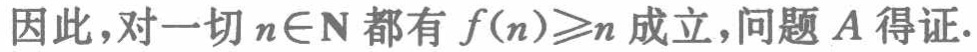
因此，对一切 \(n\in\mathbb{N}\) 都有 \(f(n)\geqslant n\) 成立，问题 \(A\) 得证.